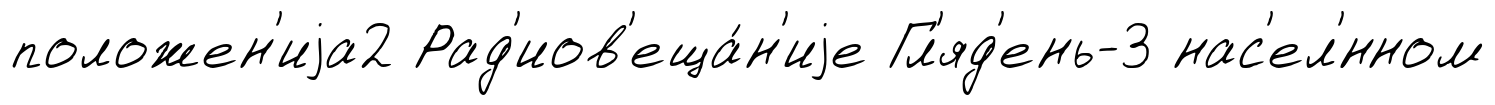
положен'иjа2 Рад'иов'еща́н'иjе Гл'яд'ень-3 нас'ел'́нном